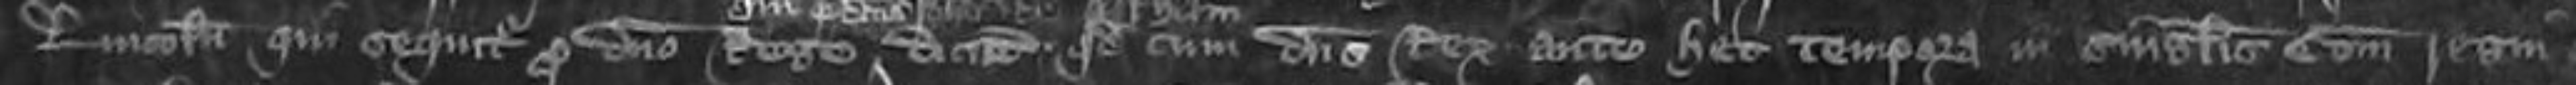
Johannes de Lincoln qui sequitur pro domino Rege dicunt quod cum dominus Rex ante hec tempora in singulis comitatibus regni